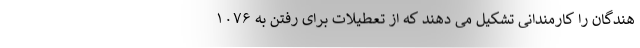
هندگان را کارمندانی تشکیل می دهند که از تعطیلات برای رفتن به ۱۰۷۶